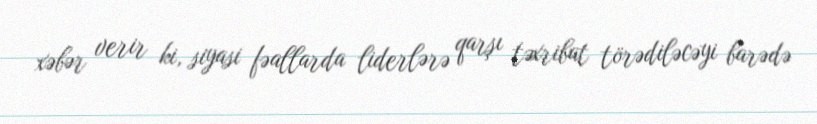
xəbər verir ki, siyasi fəallarda liderlərə qarşı təxribat törədiləcəyi barədə